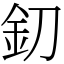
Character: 釖